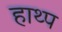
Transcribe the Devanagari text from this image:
हाथ्प